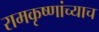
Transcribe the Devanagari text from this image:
रामकृष्णांच्याच